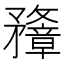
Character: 𥎟